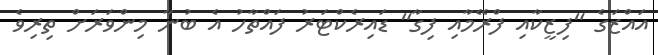
އައްޒަގެ "ފިޒީކާއި ފްރޭމާއި ފިގާ" ޑައިރެކްޓަރު ފައްތާހު އެ ބުނާ މިންވަރަށް ތިރިވެ